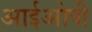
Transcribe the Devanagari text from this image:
आईओपी